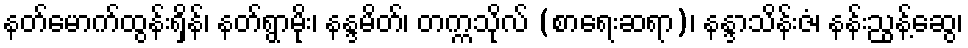
နတ်မောက်ထွန်းရှိန်၊ နတ်ရွာမိုး၊ နန္ဒမိတ်၊ တက္ကသိုလ် (စာရေးဆရာ)၊ နန္ဒာသိန်းဇံ၊ နန်းညွန့်ဆွေ၊